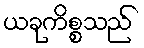
ယခုကိစ္စသည်